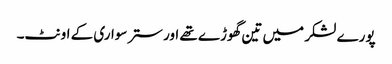
پورے لشکر میں تین گھوڑے تھے اور ستر سواری کے اونٹ۔